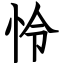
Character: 怜